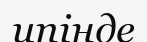
ипінде